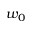
w _ { 0 }